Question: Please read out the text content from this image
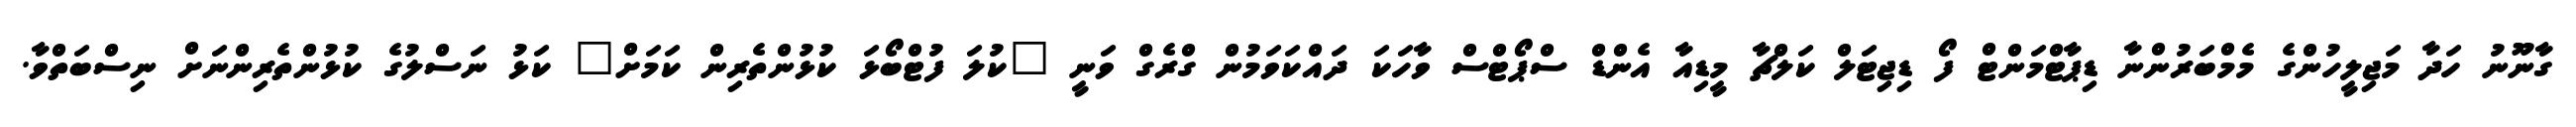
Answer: ގާނޫނު ހަދާ މަޖިލީހުންގެ މެމްބަރުންނާ ޑިޕާޓްމަންޓް ފޯ ޑިޖިޓަލް ކަލްޗާ މީޑިއާ އެންޑް ސްޕޯޓްސް ވާހަކަ ދައްކަވަމުން ގްރެގް ވަނީ "ކުލަ ފުޓްބޯޅަ ކުޅުންތެރިން ކަމަށް" ކަޅު ނަސްލުގެ ކުޅުންތެރިންނަށް ނިސްބަތްވާ.